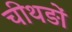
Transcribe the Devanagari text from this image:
चीथड़ों